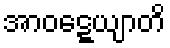
အာဝဋ္ဋေယျာတိ